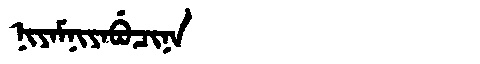
Manchu: ᠨᡳᠶᠠᠮᠨᡳᠶᠠᠪᡠᠴᡳᠨᠠ
Romanization: NIYAMNIYABUCINA